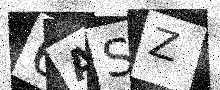
Text: 6ASZ